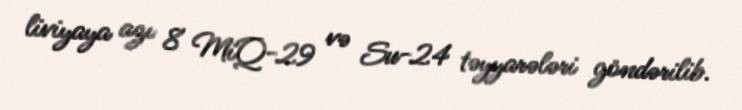
liviyaya azı 8 MiQ-29 və Su-24 təyyarələri göndərilib.